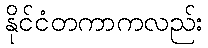
နိုင်ငံတကာကလည်း